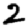
Digit: 2